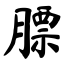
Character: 膘